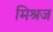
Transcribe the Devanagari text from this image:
मिश्रज